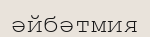
әйбәтмия